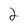
Character: 2